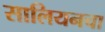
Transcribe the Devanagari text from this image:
सालियनचा